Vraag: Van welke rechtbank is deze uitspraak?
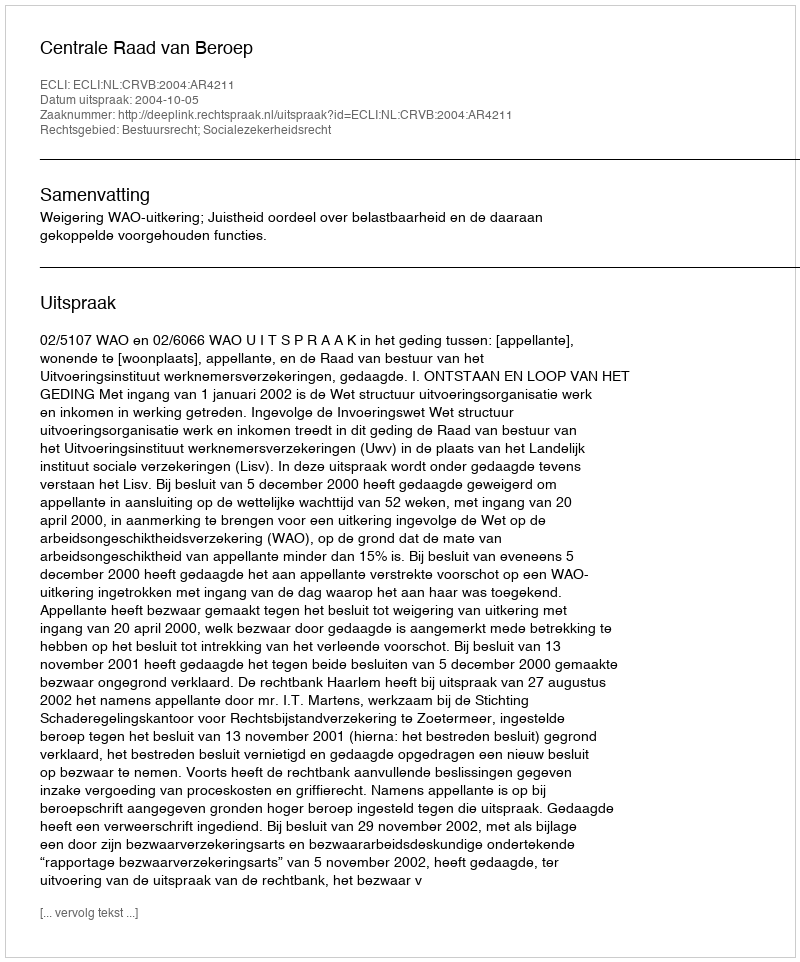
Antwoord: Centrale Raad van Beroep